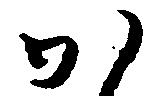
か